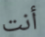
أنت